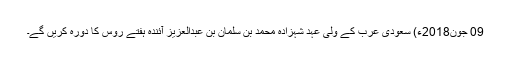
09 جون2018ء) سعودی عرب کے ولی عہد شہزادہ محمد بن سلمان بن عبدالعزیز آئندہ ہفتے روس کا دورہ کریں گے۔